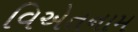
વિએતનામ